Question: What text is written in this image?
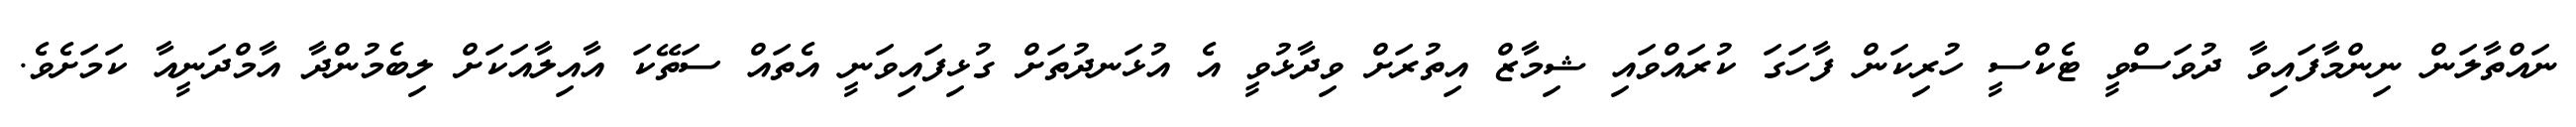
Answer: ނައްތާލަން ނިންމާފައިވާ ދުވަސްވީ ޓެކްސީ ހުރިކަން ފާހަގަ ކުރައްވައި ޝިމާޒް އިތުރަށް ވިދާޅުވީ އެ އުޅަނދުތަށް ގުޅިފައިވަނީ އެތައް ސަތޭކަ އާއިލާއަކަށް ލިބެމުންދާ އާމްދަނީއާ ކަމަށެވެ.